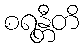
စရန္တီတိ